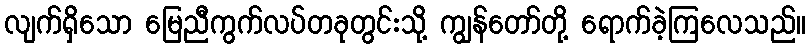
လျက်ရှိသော မြေညီကွက်လပ်တခုတွင်းသို့ ကျွန်တော်တို့ ရောက်ခဲ့ကြလေသည်။